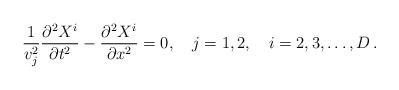
LaTeX: \begin{align*}\frac{1}{v_j^2}\frac{\partial^2X^i}{\partial t^2} -\frac{\partial^2X^i}{\partial x^2} = 0,\quad j= 1,2, \quad i=2,3,\dots ,D\,{.}\end{align*}